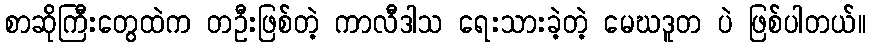
စာဆိုကြီးတွေထဲက တဦးဖြစ်တဲ့ ကာလီဒါသ ရေးသားခဲ့တဲ့ မေဃဒူတ ပဲ ဖြစ်ပါတယ်။